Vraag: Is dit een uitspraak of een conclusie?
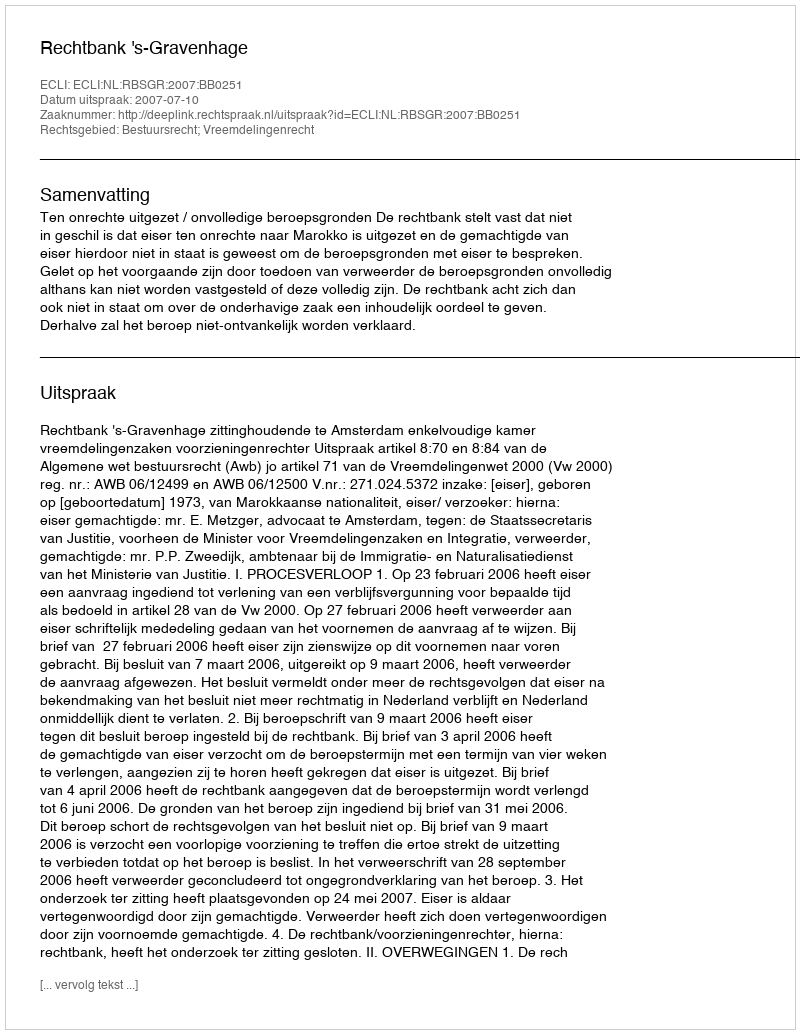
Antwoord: Uitspraak